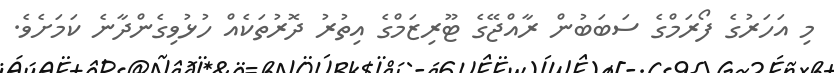
މި އަހަރުގެ ފޯރަމްގެ ސަބަބުން ރާއްޖޭގެ ޓޫރިޒަމްގެ އިތުރު ދޮރުތަކެއް ހުޅުވިގެންދާނެ ކަމަށެވެ.